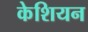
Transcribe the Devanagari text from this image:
केशियन